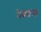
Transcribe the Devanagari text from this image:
मैक्वायर